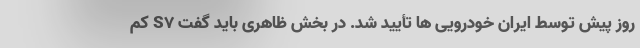
روز پیش توسط ایران خودرویی ها تأیید شد. در بخش ظاهری باید گفت S7 کم